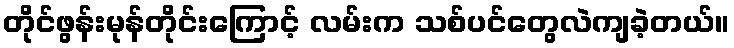
တိုင်ဖွန်းမုန်တိုင်းကြောင့် လမ်းက သစ်ပင်တွေလဲကျခဲ့တယ်။